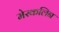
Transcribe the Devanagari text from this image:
मेस्कलिन